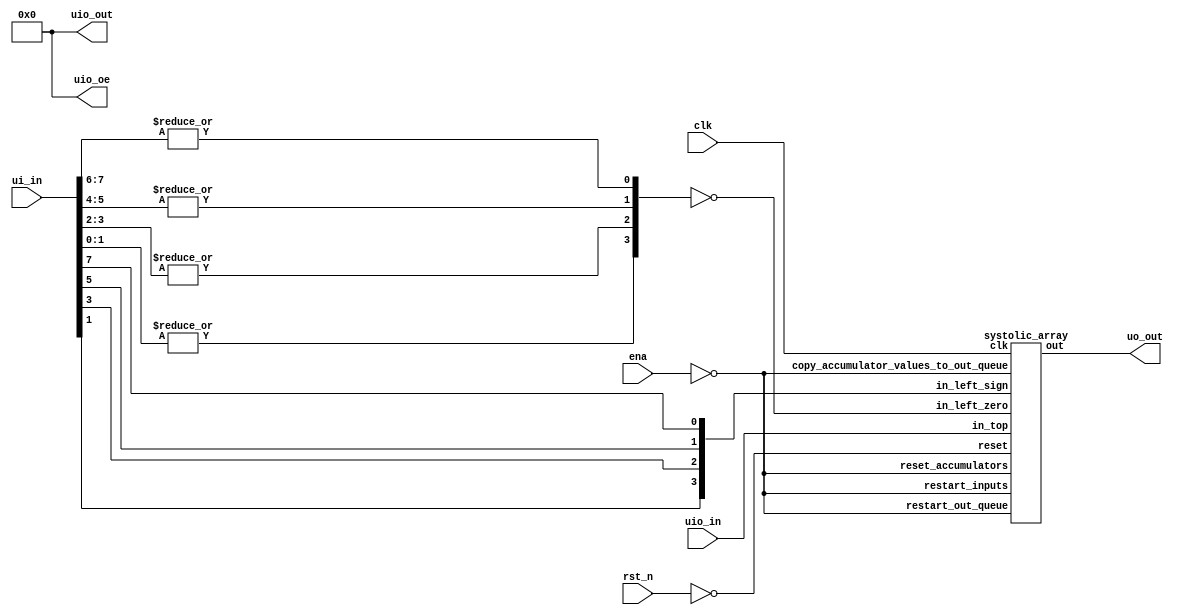
// This program was cloned from: https://github.com/rejunity/tiny-asic-4bit-matrix-mul
// License: Apache License 2.0

/*
 * Copyright (c) 2024 Your Name
 * SPDX-License-Identifier: Apache-2.0
 */


// TODOs:
//  * pack ternary 
//  * signal to shift accumulators by 1
//  * multiply by beta
//  * handle both signed & unsigned inputs

`define default_netname none

module tt_um_rejunity_1_58bit (
    input  wire [7:0] ui_in,    // Dedicated inputs
    output wire [7:0] uo_out,   // Dedicated outputs
    input  wire [7:0] uio_in,   // IOs: Input path
    output wire [7:0] uio_out,  // IOs: Output path
    output wire [7:0] uio_oe,   // IOs: Enable path (active high: 0=input, 1=output)
    input  wire       ena,      // will go high when the design is enabled
    input  wire       clk,      // clock
    input  wire       rst_n     // reset_n - low to reset
);
    assign uio_oe  = 0;         // bidirectional IOs set to INPUT
    assign uio_out = 0;         // drive bidirectional IO outputs to 0

    wire reset = ! rst_n;

    // decode ternary weights
    wire [3:0] weights_zero = ~ { |ui_in[1:0], |ui_in[3:2],  |ui_in[5:4], |ui_in[7:6] };
    wire [3:0] weights_sign =   {  ui_in[1  ],  ui_in[3  ],   ui_in[5  ],  ui_in[7  ] };

    // wire [3:0] weights_zero = ~ { |ui_in[7:6], |ui_in[5:4],  |ui_in[3:2], |ui_in[1:0] };
    // wire [3:0] weights_sign =   {  ui_in[7  ],  ui_in[5  ],   ui_in[3  ],  ui_in[1  ] };

    // @TODO: special weight to initiate readout
    wire       initiate_read_out = !ena;
    
    systolic_array systolic_array(
        .clk(clk),
        .reset(reset),

        .in_left_zero(weights_zero),
        .in_left_sign(weights_sign),
        .in_top(uio_in),

        .restart_inputs(initiate_read_out),
        .reset_accumulators(initiate_read_out),
        .copy_accumulator_values_to_out_queue(initiate_read_out),
        .restart_out_queue(initiate_read_out),
        
        .out(uo_out)
    );

endmodule

module systolic_array (
    input  wire       clk,
    input  wire       reset,

    input  wire [3:0] in_left_zero,
    input  wire [3:0] in_left_sign,
    input  wire [7:0] in_top,
    input  wire       restart_inputs,
    input  wire       reset_accumulators,
    input  wire       copy_accumulator_values_to_out_queue,
    input  wire       restart_out_queue,
    //input wire [2:0] apply_shift_to_out,
    //input wire       apply_relu_to_out,

    output wire [7:0] out
);
    localparam SLICES = 3;
    localparam SLICE_BITS = $clog2(SLICES);
    localparam SLICES_MINUS_1 = SLICES - 1;
    localparam W = 1 * SLICES;
    localparam H = 4 * SLICES;
    localparam ARRAY_SIZE_BITS = $clog2(W*H);

    reg [H  -1:0] arg_left_zero_curr;
    reg [H  -1:0] arg_left_sign_curr;
    reg [W*8-1:0] arg_top_curr;

    reg [H  -1:0] arg_left_zero_next;
    reg [H  -1:0] arg_left_sign_next;
    reg [W*8-1:0] arg_top_next;

    // wire [H  -1:0] arg_left_zero = in_left_zero;
    // wire [H  -1:0] arg_left_sign = in_left_sign;
    // wire [W*8-1:0] arg_top = in_top;

    reg  [SLICE_BITS-1:0] slice_counter;
    reg  signed [16:0] accumulators      [W*H-1:0];
    wire signed [16:0] accumulators_next [W*H-1:0];
    reg  signed [16:0] out_queue         [W*H-1:0];
    reg  [ARRAY_SIZE_BITS-1:0] out_queue_counter;

    integer n;
    always @(posedge clk) begin
        if (reset | restart_inputs | slice_counter == SLICES_MINUS_1)
            slice_counter <= 0;
        else
            slice_counter <= slice_counter + 1;

        if (reset | restart_out_queue)
            out_queue_counter <= 0;
        else
            out_queue_counter <= out_queue_counter + 1;

        if (reset) begin
            arg_left_zero_next <= 0;
            arg_left_sign_next <= 0;
            arg_top_next <= 0;
        end else begin
            arg_left_zero_next[slice_counter*4 +: 4] <= in_left_zero;
            arg_left_sign_next[slice_counter*4 +: 4] <= in_left_sign;
            arg_top_next[slice_counter*8 +: 8] <= in_top;
        end

        if (slice_counter == 0) begin
            arg_left_zero_curr <= arg_left_zero_next;
            arg_left_sign_curr <= arg_left_sign_next;
            arg_top_curr <= arg_top_next;
        end

        for (n = 0; n < W*H; n = n + 1) begin
            if (reset | reset_accumulators)
                accumulators[n] <= 0;
            else
                accumulators[n] <= accumulators_next[n];

            if (copy_accumulator_values_to_out_queue)
                out_queue[n]    <= accumulators_next[n];
        end
    end

    genvar i, j;
    generate
    for (j = 0; j < W; j = j + 1)
        for (i = 0; i < H; i = i + 1) begin : mac
            wire [16:0] value_curr  = accumulators     [i*W+j];
            wire [16:0] value_next  = accumulators_next[i*W+j];
            wire [16:0] value_queue = out_queue        [i*W+j];
            wire pass_through = (j != slice_counter) | arg_left_zero_curr[i];
            wire sign = arg_left_sign_curr[i];
            wire signed [7:0] addend = $signed(arg_top_curr[j*8 +: 8]);
            assign accumulators_next[i*W+j] =
                 reset        ? 0 :
                 pass_through ? accumulators[i*W+j] + 0 :
                ( sign        ? accumulators[i*W+j] - addend :
                                accumulators[i*W+j] + addend);
        end
    endgenerate

    assign out = out_queue[out_queue_counter] >> 8;
    // assign out = out_queue[out_queue_counter][7:0];
endmodule